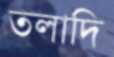
তলাদি